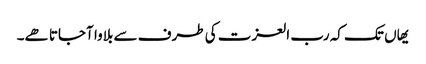
یھاں تک کہ رب العزت کی طرف سے بلاوا آجاتا ھے۔